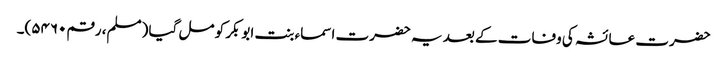
حضرت عائشہ کی وفات کے بعد یہ حضرت اسماء بنت ابوبکر کو مل گیا (مسلم، رقم۵۴۶۰)۔